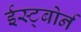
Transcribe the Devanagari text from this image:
ईस्ट्बोर्न